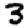
Digit: 3